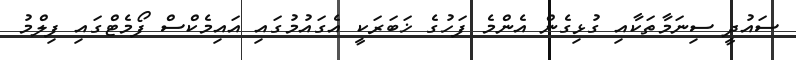
ސައުދީ ސިނަމާތަކާއި ގުޅިގެން އެންމެ ފަހުގެ ޚަބަރަކީ އެގައުމުގައި އައިމެކްސް ފޯމެޓްގައި ފިލްމު